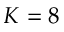
K = 8